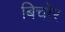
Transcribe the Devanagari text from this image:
बिचोर